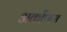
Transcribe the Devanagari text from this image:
अर्कोणम